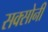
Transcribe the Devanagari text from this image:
सक्सोनी